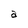
Character: a